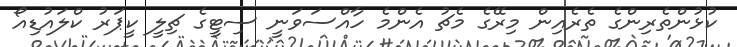
ކުޅުންތެރިންގެ ތެރެއިން މިރޭގެ މެޗު އެންމެ ހާއްސަވަނީ ސިޓީގެ ޗިލީ ކީޕަރު ކްލައުޑިއޯ